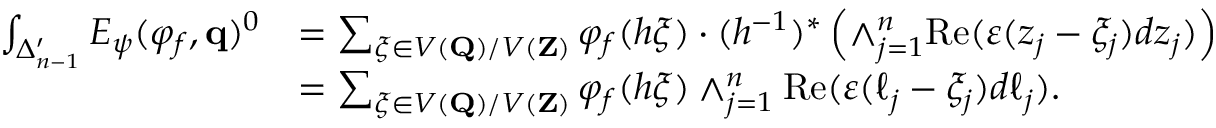
\begin{array} { r l } { \int _ { \Delta _ { n - 1 } ^ { \prime } } E _ { \psi } ( \varphi _ { f } , \mathbf { q } ) ^ { 0 } } & { = \sum _ { \xi \in V ( \mathbf { Q } ) / V ( \mathbf { Z } ) } \varphi _ { f } ( h \xi ) \cdot ( h ^ { - 1 } ) ^ { * } \left( \wedge _ { j = 1 } ^ { n } \mathrm { R e } ( \varepsilon ( z _ { j } - \xi _ { j } ) d z _ { j } ) \right) } \\ & { = \sum _ { \xi \in V ( \mathbf { Q } ) / V ( \mathbf { Z } ) } \varphi _ { f } ( h \xi ) \wedge _ { j = 1 } ^ { n } \mathrm { R e } ( \varepsilon ( \ell _ { j } - \xi _ { j } ) d \ell _ { j } ) . } \end{array}